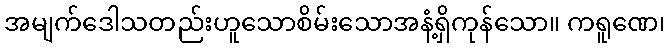
အမျက်ဒေါသတည်းဟူသောစိမ်းသောအနံ့ရှိကုန်သော။ ကရူဏေ၊